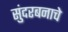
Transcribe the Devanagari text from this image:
सुंदरबनाचे